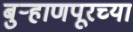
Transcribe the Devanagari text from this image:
बुऱ्हाणपूरच्या